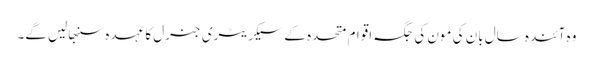
وہ آئندہ سال بان کی مون کی جگہ اقوام متحدہ کے سیکریٹری جنرل کا عہدہ سنبھالیں گے۔